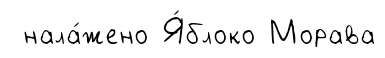
нала́жено Я́блоко Морава